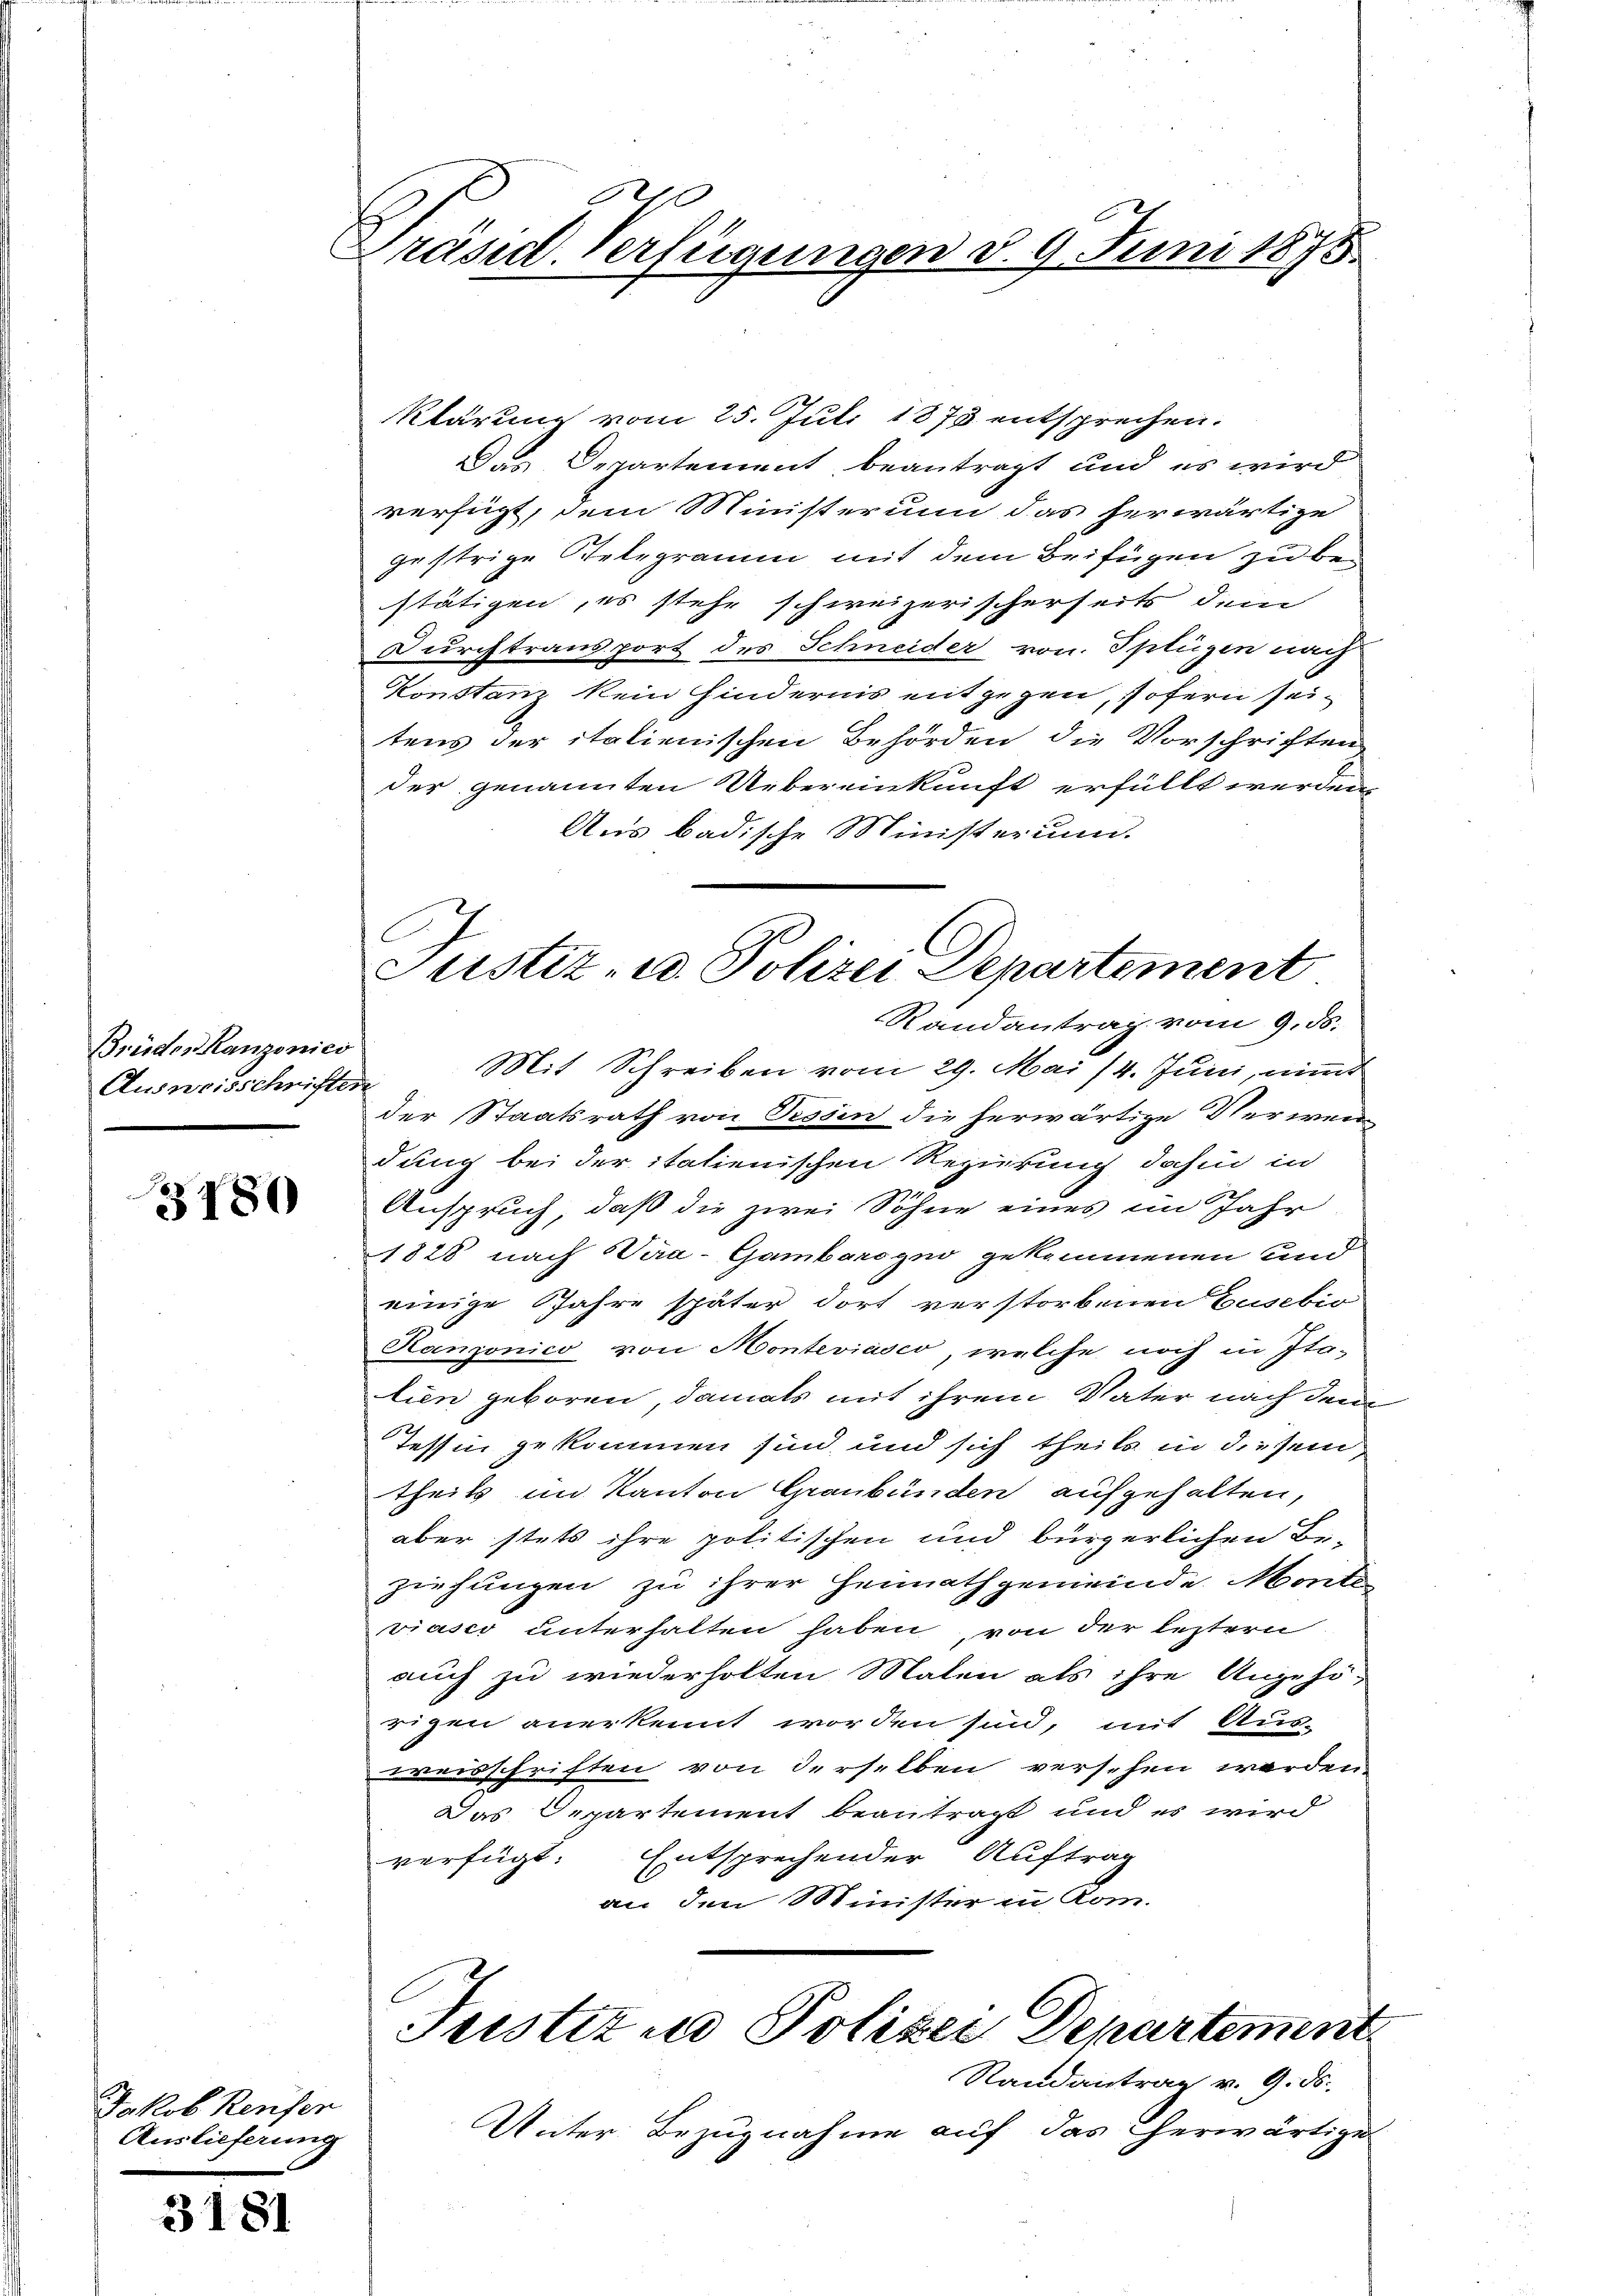
Brüder Kanzonico
Ausweisschriften

3180

Jakob Reuser
Auslieferung

3181

90
Präsid. Verfügungen d. 9. Juni 1875.

Klärung vom 25. Juli 1873 entsprechen.
Das Departement beantragt und es wird
verfügt, dem Ministerium das herwärtige
gestrige Telegramm mit dem Beifügen zu bestätigen, es stehe schweizerischerseits dem
Durchtraus port des Schneider von Splügen nach
Konstanz kein Hindernis entgegen, sofern seitens der italienischen Behörden die Vorschrichten
der genannten Uebereinkunft erfüllt werden.
Aus badische Ministerium.
Randantrag vom 9. ds.
Mit Schreiben vom 29. Mai /4. Juni, nimmt
der Staatsrath von Tessin die herwärtige Verwen
dung bei der itatienischen Regierung dahin in
Anspruch, daß die zwei Söhne eines im Jahr
1828 nach Sira-Gambarogno gekommenen und
einige Jahre später dort verstorbenen Zusebio
Hanzonico von Monteviasco, welche noch in Ita-
lien geboren, damals mit ihrem Vater nach dem
Tessin gekommen sind und sich theils in diesem
theils im Kanton Graubünden aufgehalten,
aber stets ihre politischen und bürgerlichen Be-
ziehungen zu ihrer Heimathgemeinde Monte
viasco unterhalten haben, von der leztern
auch zu wiederholten Malen als ihre Angehö-
rigen anerkennt worden sind, mit Aus-
weisschriften von derselben versehen werden
Das Departement beantragt und es wird
verfügt: Entsprechender Auftrag
an, den Minister in Kom-
Justiz u. Polizen Departement
Randantrag v. 9. ds.
Unter Bezugnahme auf das herwärtigu

Justiz- u. Polizei Departement